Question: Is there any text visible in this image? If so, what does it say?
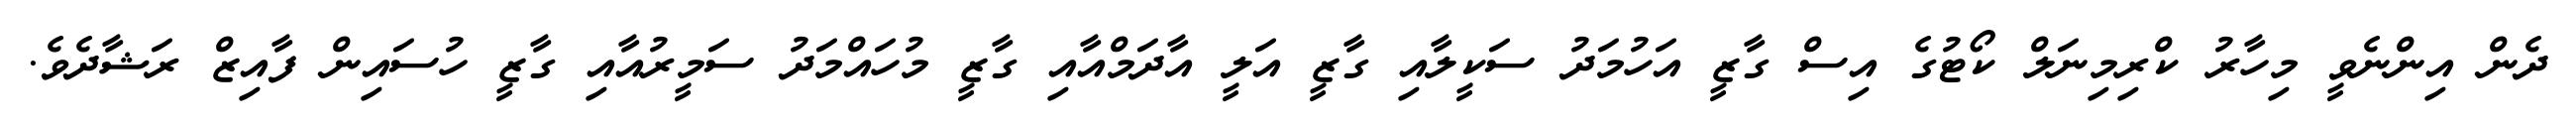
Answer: ދެން އިންނެވީ މިހާރު ކްރިމިނަލް ކޯޓުގެ އިސް ގާޒީ އަހުމަދު ސަކީލާއި ގާޒީ އަލީ އާދަމްއާއި ގާޒީ މުހައްމަދު ސަމީރުއާއި ގާޒީ ހުސައިން ފާއިޒް ރަޝާދެވެ.